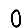
Digit: 0